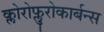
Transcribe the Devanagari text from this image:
क्लोरोफ्लुरोकार्बन्स